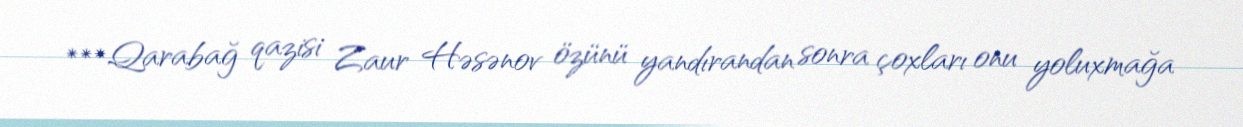
***Qarabağ qazisi Zaur Həsənov özünü yandırandan sonra çoxları onu yoluxmağa